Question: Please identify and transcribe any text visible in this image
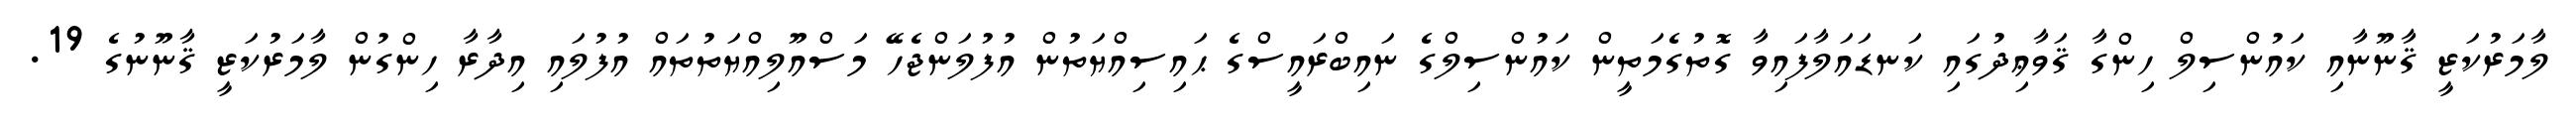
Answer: ލާމަރުކަޒީ ޤާނޫނާއި ކައުންސިލް ހިންގާ ޤަވާޢިދުގައި ކަނޑައަލާފައިވާ ގޮތުގެމަތީން ކައުންސިލްގެ ނައިބްރައީސްގެ ޙައިސިއްޔަތުން އުފުލަންޖެހޭ މަސްއޫލިއްޔަތުތައް އުފުލައި އިދާރާ ހިންގުން ލާމަރުކަޒީ ޤާނޫނުގެ 19.